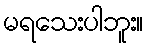
မရသေးပါဘူး။